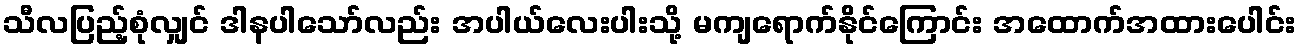
သီလပြည့်စုံလျှင် ဒါနပါသော်လည်း အပါယ်လေးပါးသို့ မကျရောက်နိုင်ကြောင်း အထောက်အထားပေါင်း